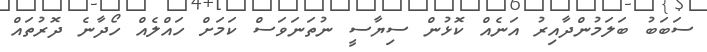
ސަބަބު ބަލަމުންދާއިރު އަނެއް ކޮޅުން ސިޔާސީ ނުތަނަވަސް ކަމަށް ހައްލެއް ހޯދާނެ ދޮރުތައް